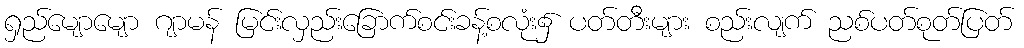
ရှည်မျောမျော ဂျာမန် မြင်းလှည်းခြောက်စင်းခန့်စလုံး၌ ပတ်တီးများ စည်းလျက် ညစ်ပတ်စုတ်ပြတ်